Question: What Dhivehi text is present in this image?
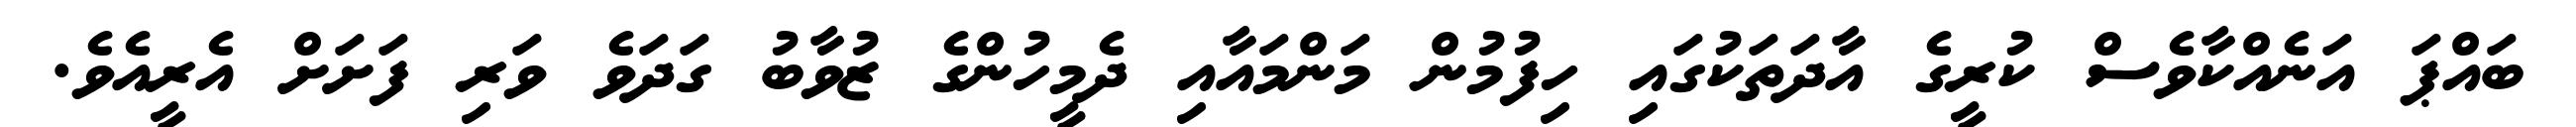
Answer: ބައްޕަ އަނެއްކާވެސް ކުރީގެ އާދަތަކުގައި ހިފުމުން މަންމައާއި ދެމީހުންގެ ޒުވާބު ގަދަވެ ވަރި ފަށަށް އެރީއެވެ.